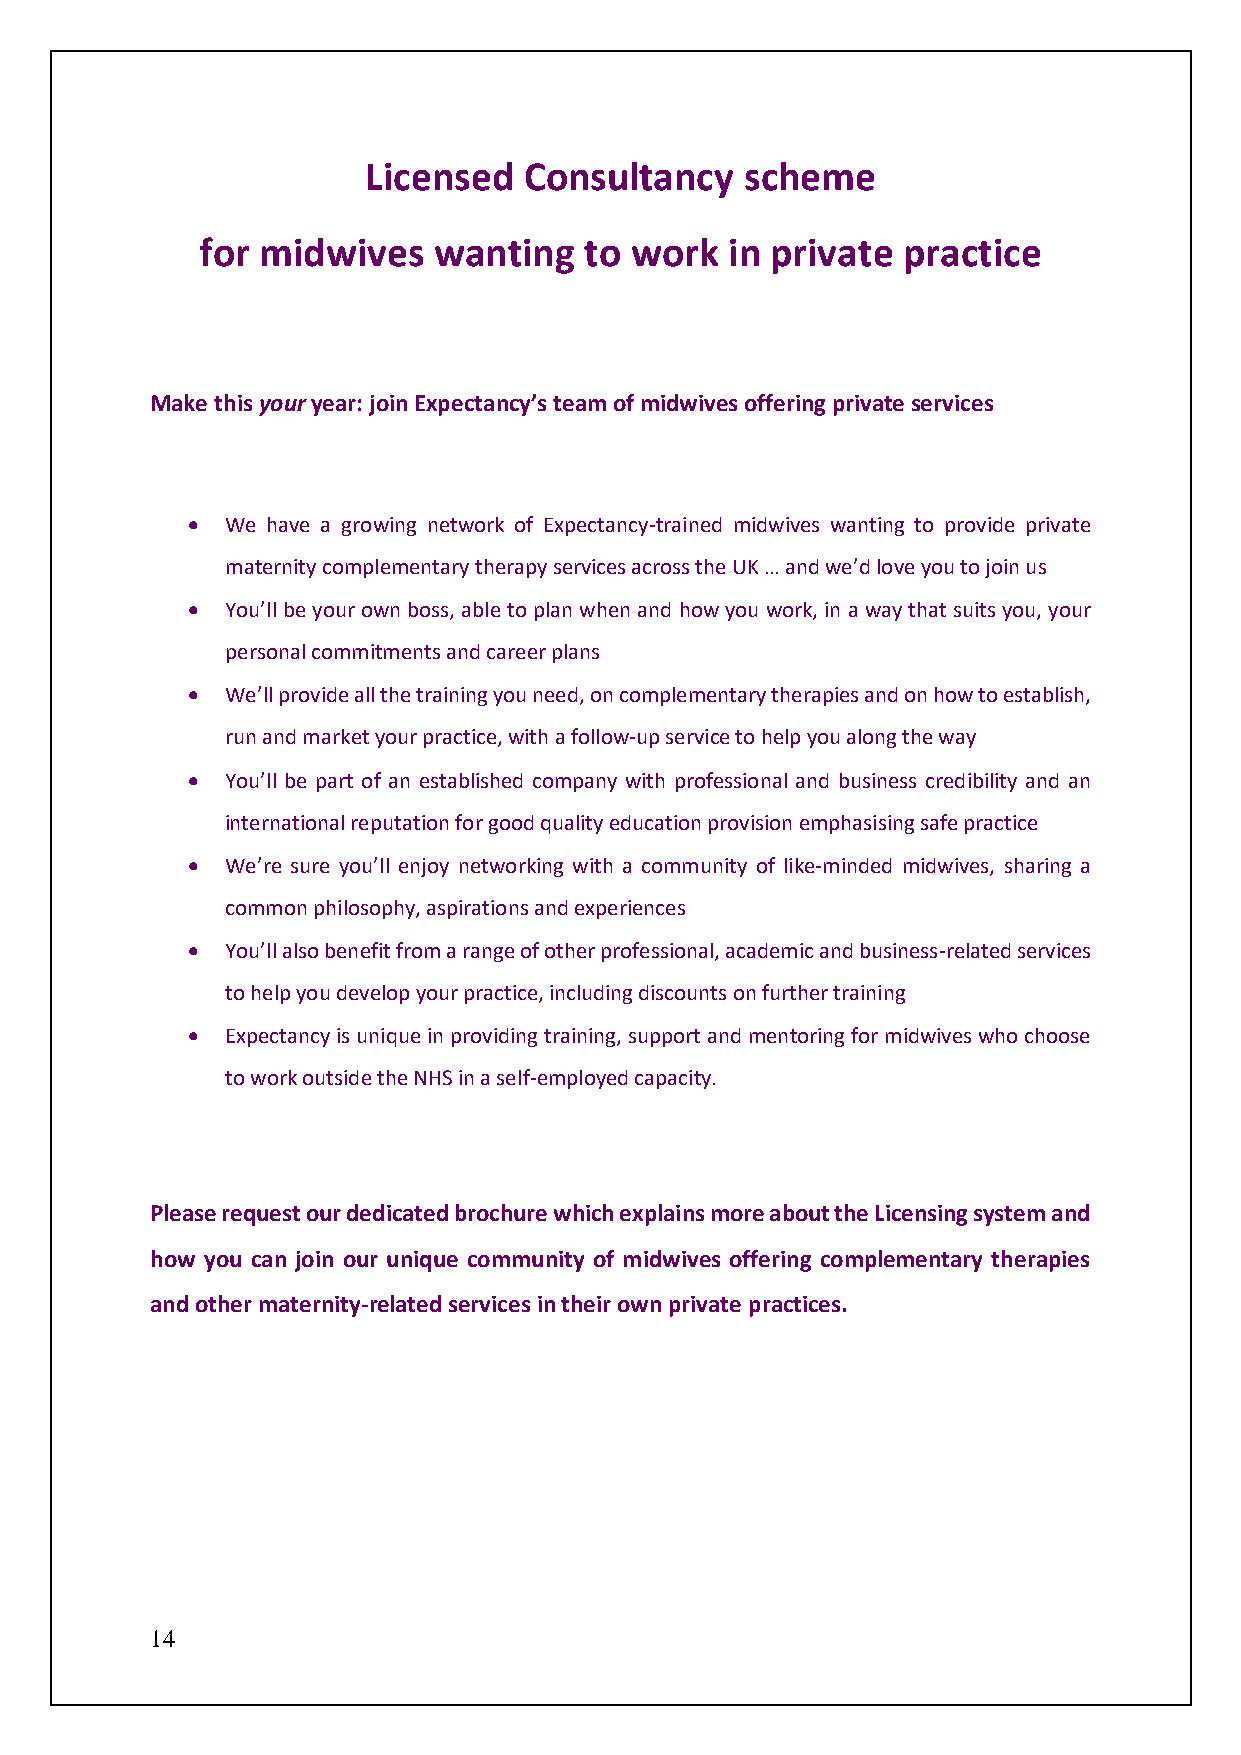
Licensed   Consultancy   scheme
 for midwives    wanting   to work  in private  practice
 Make this your year: join Expectancy’s team of midwives offering private services
 •  We have a growing network of Expectancy-trained midwives wanting to provide private
 maternity complementary therapy services across the UK … and we’d love you to join us
 •  You’ll be your own boss, able to plan when and how you work, in a way that suits you, your
 personal commitments and career plans
 •  We’ll provide all the training you need, on complementary therapies and on how to establish,
 run and market your practice, with a follow-up service to help you along the way
 •  You’ll be part of an established company with professional and business credibility and an
 international reputation for good quality education provision emphasising safe practice
 •  We’re sure you’ll enjoy networking with a community of like-minded midwives, sharing a
 common philosophy, aspirations and experiences
 •  You’ll also benefit from a range of other professional, academic and business-related services
 to help you develop your practice, including discounts on further training
 •  Expectancy is unique in providing training, support and mentoring for midwives who choose
 to work outside the NHS in a self-employed capacity.
 Please request our dedicated brochure which explains more about the Licensing system and
 how you can join our unique community of midwives offering complementary therapies
 and other maternity-related services in their own private practices.
 14